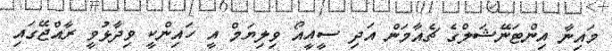
މައިނާ އިންޓަނޭޝަލްގެ ޗެއާމަން އަދި ސީއީއޯ ވިލިޔަމް އީ ހައިންކީ ވިދާޅުވީ ރާއްޖޭގައި